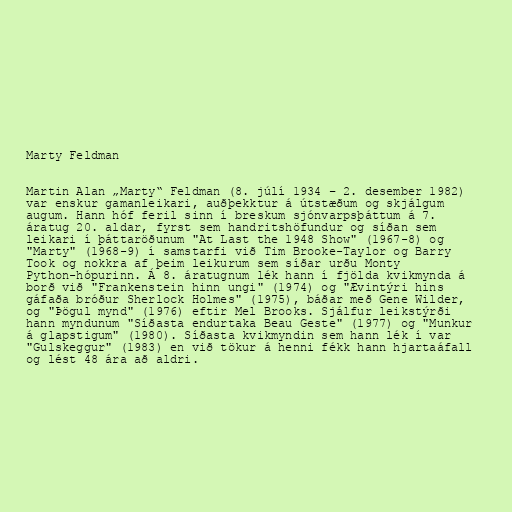
Marty Feldman

Martin Alan „Marty“ Feldman (8. júlí 1934 – 2. desember 1982)
var enskur gamanleikari, auðþekktur á útstæðum og skjálgum
augum. Hann hóf feril sinn í breskum sjónvarpsþáttum á 7.
áratug 20. aldar, fyrst sem handritshöfundur og síðan sem
leikari í þáttaröðunum "At Last the 1948 Show" (1967-8) og
"Marty" (1968-9) í samstarfi við Tim Brooke-Taylor og Barry
Took og nokkra af þeim leikurum sem síðar urðu Monty
Python-hópurinn. Á 8. áratugnum lék hann í fjölda kvikmynda á
borð við "Frankenstein hinn ungi" (1974) og "Ævintýri hins
gáfaða bróður Sherlock Holmes" (1975), báðar með Gene Wilder,
og "Þögul mynd" (1976) eftir Mel Brooks. Sjálfur leikstýrði
hann myndunum "Síðasta endurtaka Beau Geste" (1977) og "Munkur
á glapstigum" (1980). Síðasta kvikmyndin sem hann lék í var
"Gulskeggur" (1983) en við tökur á henni fékk hann hjartaáfall
og lést 48 ára að aldri.